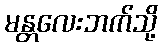
မန္တလေးဘက်သို့